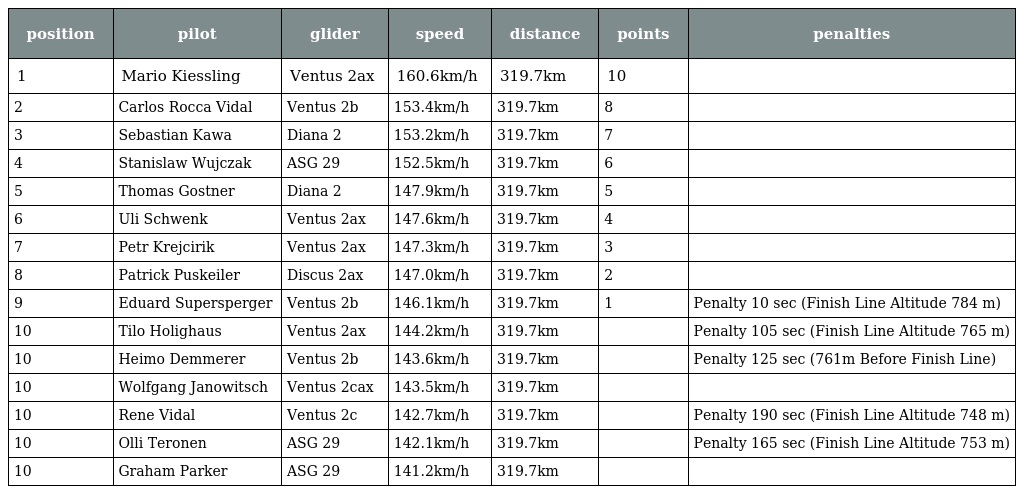
| position | pilot | glider | speed | distance | points | penalties |
 | --- | --- | --- | --- | --- | --- | --- |
 | 1 | Mario Kiessling | Ventus 2ax | 160.6km/h | 319.7km | 10 |  |
 | 2 | Carlos Rocca Vidal | Ventus 2b | 153.4km/h | 319.7km | 8 |  |
 | 3 | Sebastian Kawa | Diana 2 | 153.2km/h | 319.7km | 7 |  |
 | 4 | Stanislaw Wujczak | ASG 29 | 152.5km/h | 319.7km | 6 |  |
 | 5 | Thomas Gostner | Diana 2 | 147.9km/h | 319.7km | 5 |  |
 | 6 | Uli Schwenk | Ventus 2ax | 147.6km/h | 319.7km | 4 |  |
 | 7 | Petr Krejcirik | Ventus 2ax | 147.3km/h | 319.7km | 3 |  |
 | 8 | Patrick Puskeiler | Discus 2ax | 147.0km/h | 319.7km | 2 |  |
 | 9 | Eduard Supersperger | Ventus 2b | 146.1km/h | 319.7km | 1 | Penalty 10 sec (Finish Line Altitude 784 m) |
 | 10 | Tilo Holighaus | Ventus 2ax | 144.2km/h | 319.7km |  | Penalty 105 sec (Finish Line Altitude 765 m) |
 | 10 | Heimo Demmerer | Ventus 2b | 143.6km/h | 319.7km |  | Penalty 125 sec (761m Before Finish Line) |
 | 10 | Wolfgang Janowitsch | Ventus 2cax | 143.5km/h | 319.7km |  |  |
 | 10 | Rene Vidal | Ventus 2c | 142.7km/h | 319.7km |  | Penalty 190 sec (Finish Line Altitude 748 m) |
 | 10 | Olli Teronen | ASG 29 | 142.1km/h | 319.7km |  | Penalty 165 sec (Finish Line Altitude 753 m) |
 | 10 | Graham Parker | ASG 29 | 141.2km/h | 319.7km |  |  |